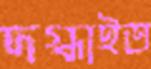
দগ্ধাইত